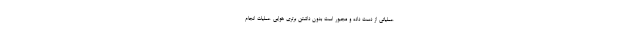
عملیاتی از دست داده و مجبور است بدون داشتن برتری هوایی عملیات انجام